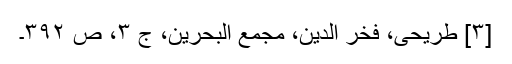
[۳] طریحی، فخر الدین، مجمع البحرین، ج ۳، ص ۳۹۲۔